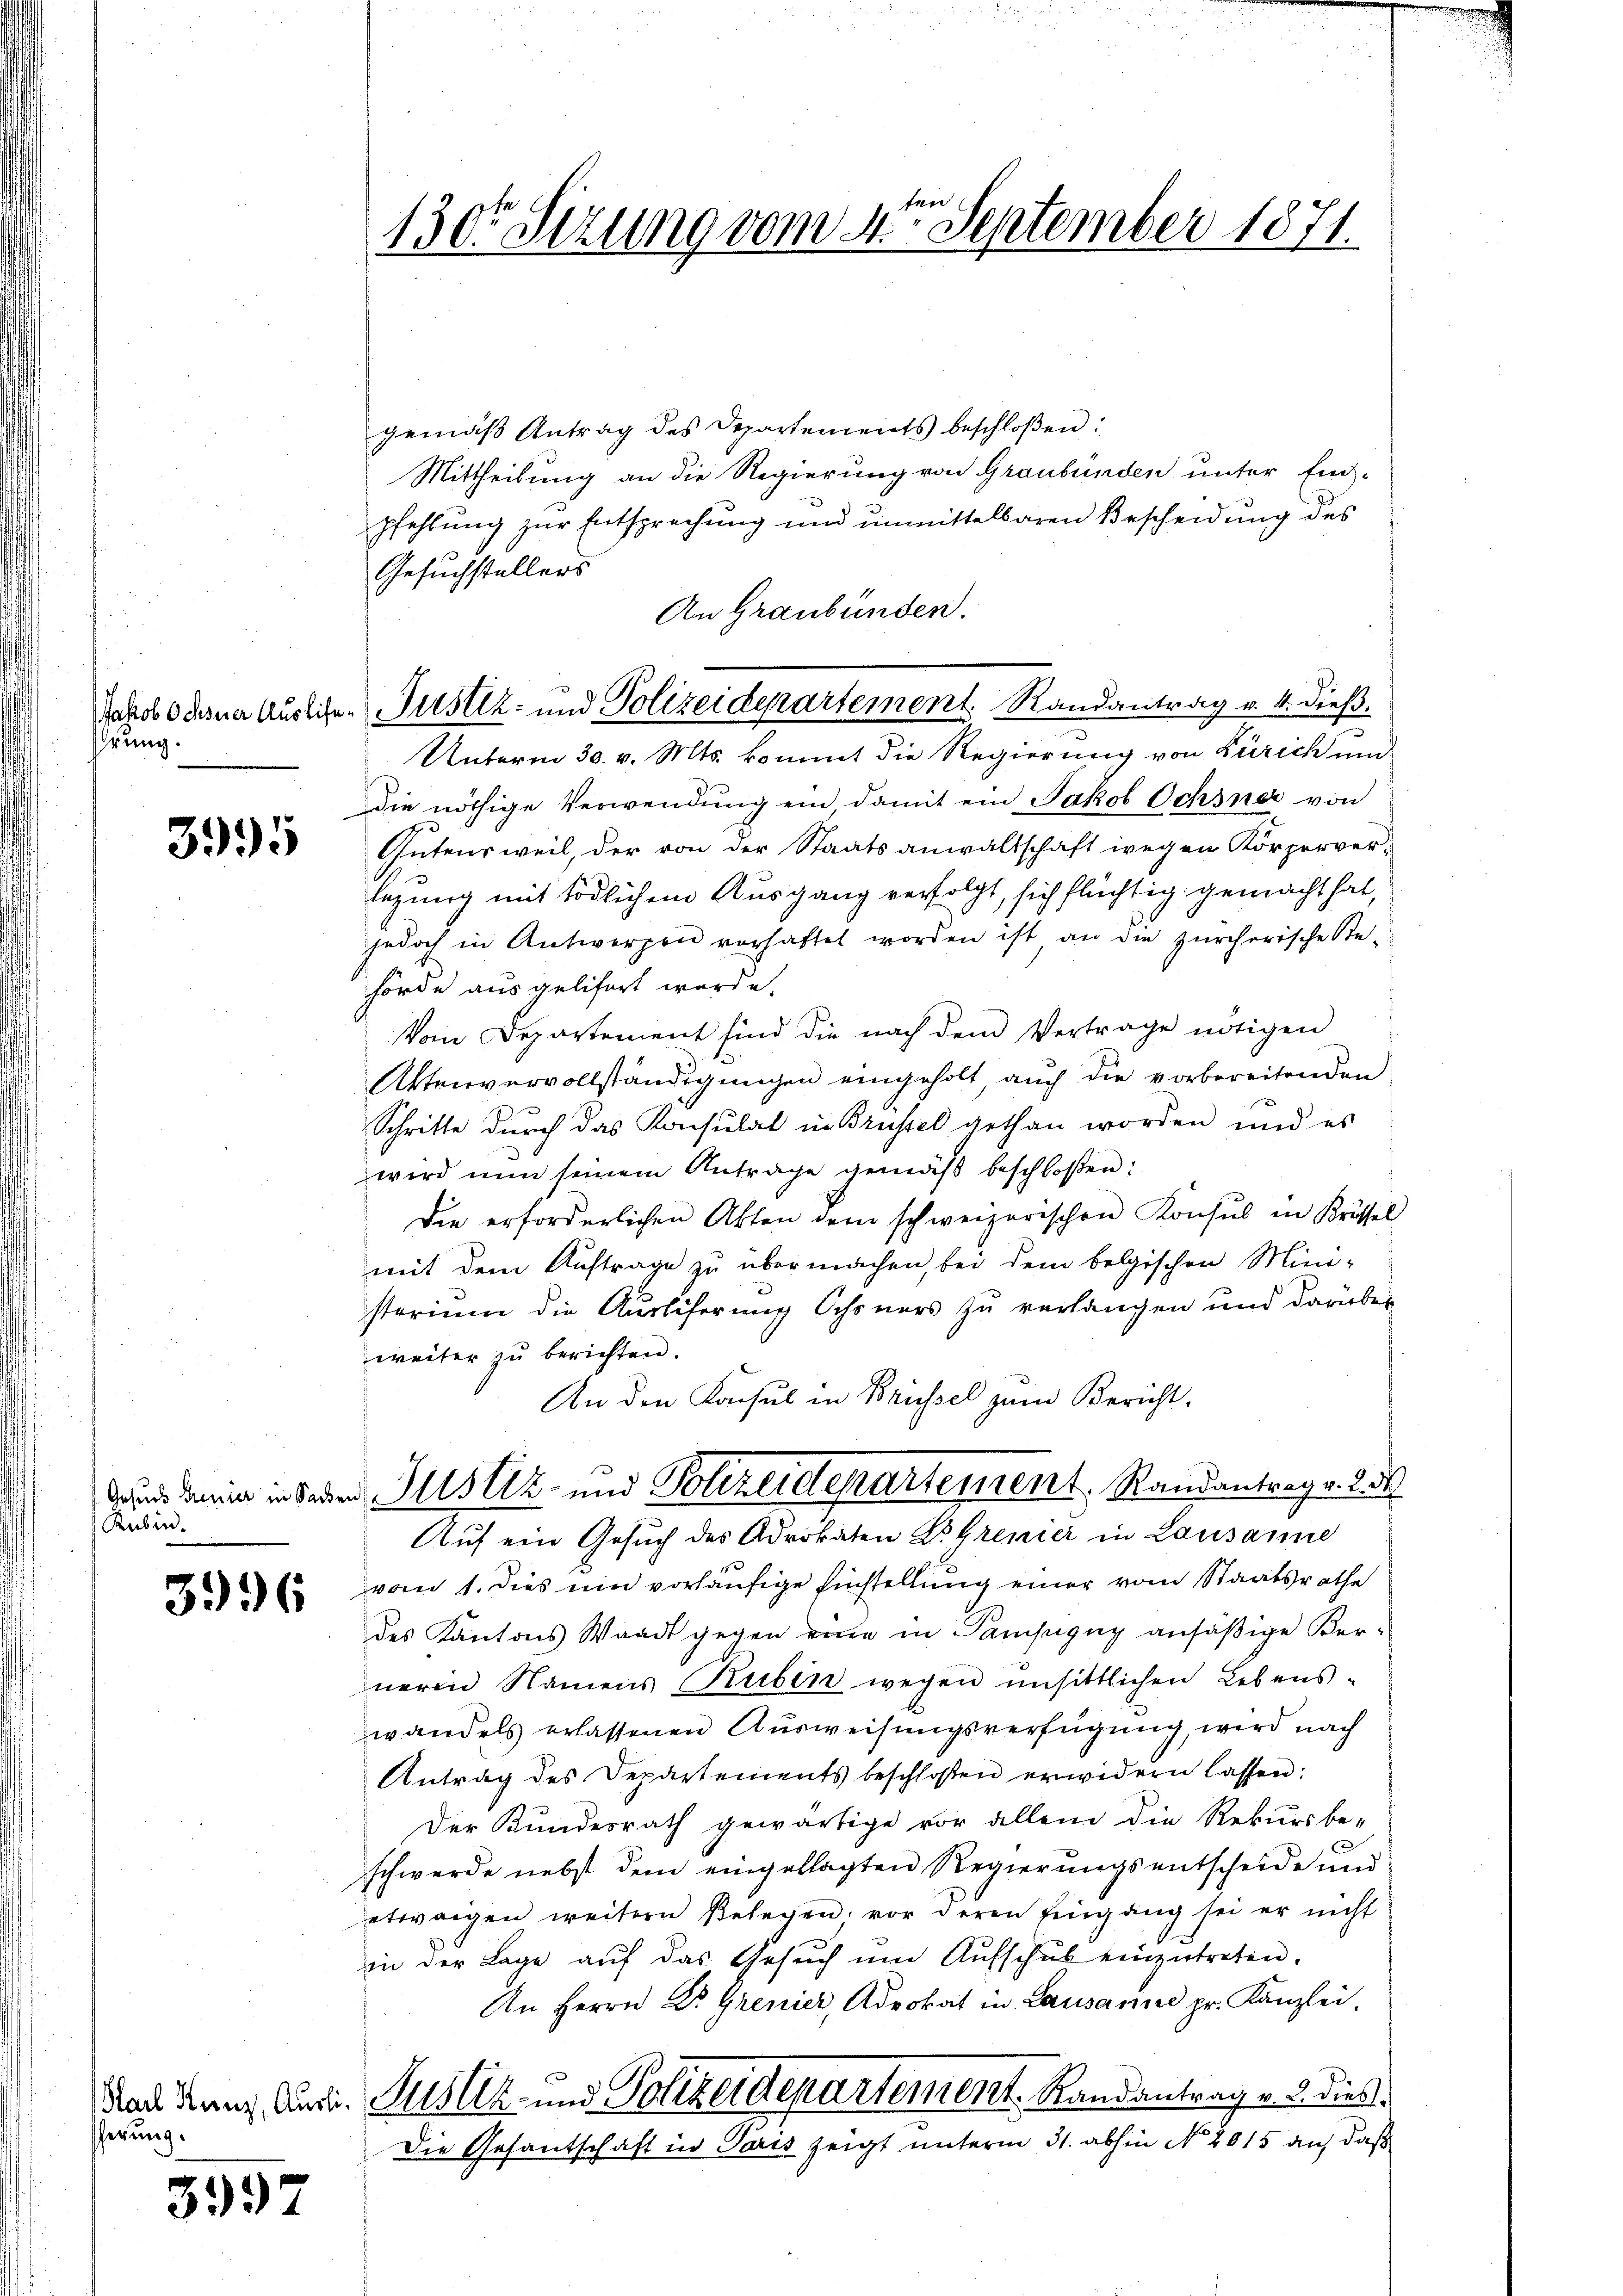
hrung

3995

Gesuch Genier in Sache
Ruben.

3996

scherung.

3997

130te Sitzung vom 4ten September 1871.

Jakob Ochsner Ausliche Justiz- und Polizeidepartement Randantrag v. 4. dieß,

gemäβ Antrag des Departements beschloßen:
Mittheilung an die Regierung von Graubünden unter Eid-
pfehlung zur Entsprechung und unmittelbaren Bescheidung des
An Graubünden.
Unterm 30. v. Mts. kommt die Regierung von Zürich und
die nöthige Verwendung ein, damit ein Jakob Ochsner von
Gutensweil, der von der Staatsanwaltschaft wegen Körperver-
legung mit tödlichem Ausgang verfolgt, sich flüchtig gemacht hat,
jedoch in Antwerpen vorhattet worden ist an die zürcherische Ste-
hörde ausgelifert werde.
Vom Departement sind die nach dem Vertrage nötigen
Aktenvervollständigungen eingeholt, auch die vorbereitenden
Schritte durch das Konsulat in Brüssel gethan worden und es
wird nun seinem Antrage geneiβ beschloßen:
Die erforderlichen Akten dem schweizerischen Konsul in Krössel
mit dem Auftrage zu übermachen, bei dem belgischen Mini-
sterium die Ausliferung Ochsners zu verlangen und darüber
weiter zu berichten.
An den Konsul in Brüssel zum Bericht.
u Justiz- und Polizeidepartement, Randantrag v. 23
Auf ein Gesŭch des Advokaten Dr. Grenier in Lausanne
vom 1. dies ein vorläufige Einstellung einer vom Staatsrathe
des Kantons Waadt gegen eine in Pampigny ansäßige Perneren Namens Ruben wegen unsittlichen Lebens-
wandels erlassenen Ausweisungsverfügung, wird nach
Antrag des Departements beschloßen erwidern lassen:
Der Bundesrath gewärtige vor allem die Rekursbe-
schwerde nebst dem eingeklagten Regierungsentscheide und
etwaigen weitern Belegen, vor deren Eingang sei er nicht
in der Lage auf das Gesŭch ŭm Aŭfschub einzŭtreten.
An Herrn Dr. Grenier, Advokat in Lausanne pr. Kanzlei.
dach Kunz Muri, Justiz- und Polizeidepartement. Randantrag v. 5. dies
Die Gesantschaft in Paris zeigt unterm 31. abhin No 2015 auf das

Gesuchstellers